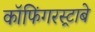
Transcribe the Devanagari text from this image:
कॉफिंगरस्ट्राबे